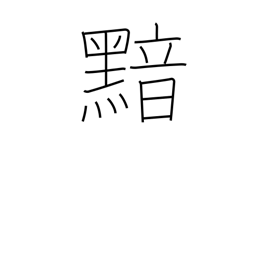
Meaning: dark